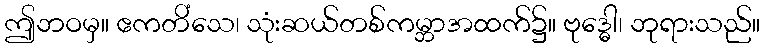
ဤဘဝမှ။ ဧကတိံသေ၊ သုံးဆယ်တစ်ကမ္ဘာအထက်၌။ ဗုဒ္ဓေါ၊ ဘုရားသည်။